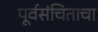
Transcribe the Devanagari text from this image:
पूर्वसंचिताचा